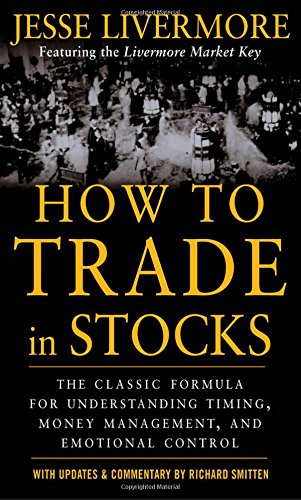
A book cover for How to Trade In Stocks; Jesse Livermore; Business & Money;